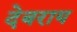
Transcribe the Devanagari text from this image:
देबराय